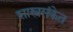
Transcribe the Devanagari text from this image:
शास्त्रसंकेत